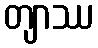
တျာဿ